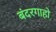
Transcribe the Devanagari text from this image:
बंदरगाहो